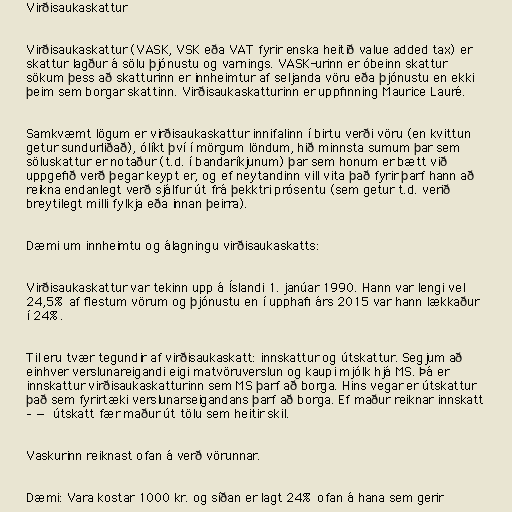
Virðisaukaskattur

Virðisaukaskattur (VASK, VSK eða VAT fyrir enska heitið value added tax) er
skattur lagður á sölu þjónustu og varnings. VASK-urinn er óbeinn skattur
sökum þess að skatturinn er innheimtur af seljanda vöru eða þjónustu en ekki
þeim sem borgar skattinn. Virðisaukaskatturinn er uppfinning Maurice Lauré.

Samkvæmt lögum er virðisaukaskattur innifalinn í birtu verði vöru (en kvittun
getur sundurliðað), ólíkt því í mörgum löndum, hið minnsta sumum þar sem
söluskattur er notaður (t.d. í bandaríkjunum) þar sem honum er bætt við
uppgefið verð þegar keypt er, og ef neytandinn vill vita það fyrir þarf hann að
reikna endanlegt verð sjálfur út frá þekktri prósentu (sem getur t.d. verið
breytilegt milli fylkja eða innan þeirra).

Dæmi um innheimtu og álagningu virðisaukaskatts:

Virðisaukaskattur var tekinn upp á Íslandi 1. janúar 1990. Hann var lengi vel
24,5% af flestum vörum og þjónustu en í upphafi árs 2015 var hann lækkaður
í 24%.

Til eru tvær tegundir af virðisaukaskatt: innskattur og útskattur. Segjum að
einhver verslunareigandi eigi matvöruverslun og kaupi mjólk hjá MS. Þá er
innskattur virðisaukaskatturinn sem MS þarf að borga. Hins vegar er útskattur
það sem fyrirtæki verslunarseigandans þarf að borga. Ef maður reiknar innskatt
– — útskatt fær maður út tölu sem heitir skil.

Vaskurinn reiknast ofan á verð vörunnar.

Dæmi: Vara kostar 1000 kr. og síðan er lagt 24% ofan á hana sem gerir